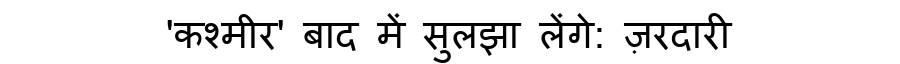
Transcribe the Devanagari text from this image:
'कश्मीर' बाद में सुलझा लेंगे: ज़रदारी